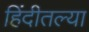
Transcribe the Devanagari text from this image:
हिंदीतल्या